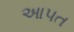
આપત